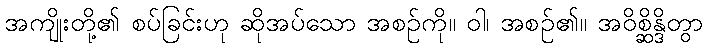
အကျိုးတို့၏ စပ်ခြင်းဟု ဆိုအပ်သော အစဉ်ကို။ ဝါ၊ အစဉ်၏။ အဝိစ္ဆိန္ဒိတွာ